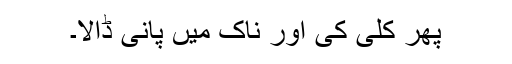
پھر کلی کی اور ناک میں پانی ڈالا۔